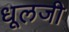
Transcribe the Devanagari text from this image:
धूलजी